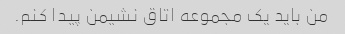
من باید یک مجموعه اتاق نشیمن پیدا کنم.